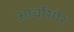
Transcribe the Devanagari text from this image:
आर्चोशोर